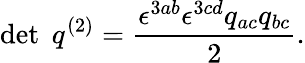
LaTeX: \operatorname*{det}\; q^{(2)}={\frac{\epsilon^{3ab}\epsilon^{3cd}q_{ac}q_{bc}}{2}}.